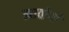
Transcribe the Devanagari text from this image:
नावोयी